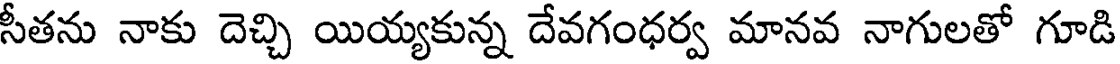
సీతను నాకు దెచ్చి యియ్యకున్న దేవగంధర్వ మానవ నాగులతో గూడి